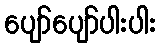
ပျော်ပျော်ပါးပါး